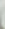
)